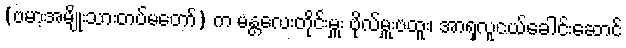
(ဗမာ့အမျိုးသားတပ်မတော်) က မန္တလေးတိုင်းမှူး ဗိုလ်မှူးဗထူး၊ အာရှလူငယ်ခေါင်းဆောင်